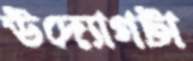
উদ্যোগটা